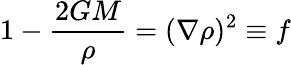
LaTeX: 1-\frac{2GM}{\rho}=(\nabla\rho)^{2}\equiv f